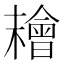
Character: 𣞄